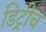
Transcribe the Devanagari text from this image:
डिट्रीच